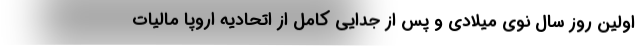
اولین روز سال نوی میلادی و پس از جدایی کامل از اتحادیه اروپا مالیات